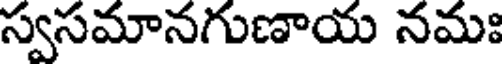
స్వసమానగుణాయ నమః